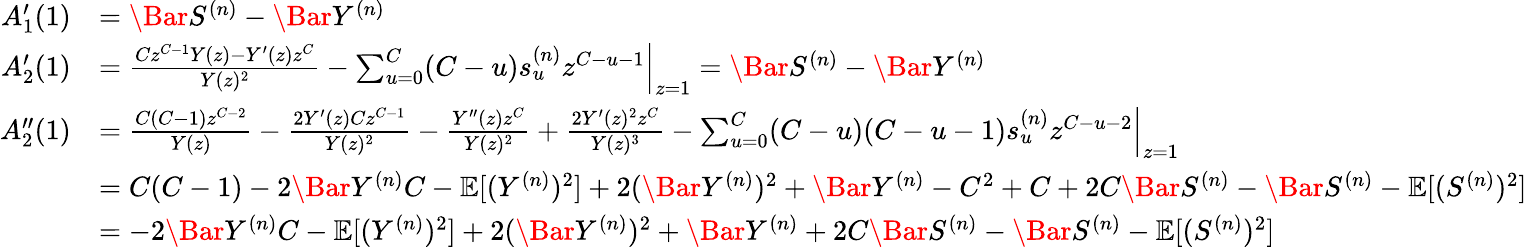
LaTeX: \begin{array}{rl}{A_{1}^{\prime}(1)}&{=\Bar{S}^{(n)}-\Bar{Y}^{(n)}}\\ {A_{2}^{\prime}(1)}&{=\left.\frac{Cz^{C-1}Y(z)-Y^{\prime}(z)z^{C}}{Y(z)^{2}}-\sum_{u=0}^{C}(C-u)s_{u}^{(n)}z^{C-u-1}\right\vert_{z=1}=\Bar{S}^{(n)}-\Bar{Y}^{(n)}}\\ {A_{2}^{\prime\prime}(1)}&{=\left.\frac{C{(C-1)}z^{C-2}}{Y(z)}-\frac{2Y^{\prime}(z)Cz^{C-1}}{Y(z)^{2}}-\frac{Y^{\prime\prime}(z)z^{C}}{Y(z)^{2}}+\frac{2Y^{\prime}(z)^{2}z^{C}}{Y(z)^{3}}-\sum_{u=0}^{C}(C-u)(C-u-1)s_{u}^{(n)}z^{C-u-2}\right\vert_{z=1}}\\ &{=C(C-1)-2\Bar{Y}^{(n)}C-\mathbb{E}[({Y}^{(n)})^{2}]+2(\Bar{Y}^{(n)})^{2}+\Bar{Y}^{(n)}-C^{2}+C+2C\Bar{S}^{(n)}-\Bar{S}^{(n)}-\mathbb{E}[(S^{(n)})^{2}]}\\ &{=-2\Bar{Y}^{(n)}C-\mathbb{E}[({Y}^{(n)})^{2}]+2(\Bar{Y}^{(n)})^{2}+\Bar{Y}^{(n)}+2C\Bar{S}^{(n)}-\Bar{S}^{(n)}-\mathbb{E}[(S^{(n)})^{2}]}\end{array}